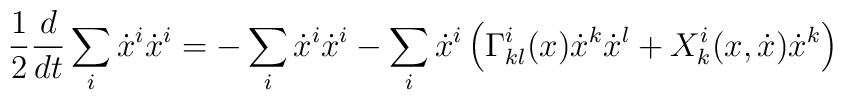
\frac{1}{2} \frac{d}{d t}\sum_i \dot{x}^i \dot{x}^i  =  -\sum_i \dot{x}^i \dot{x}^i -  \sum_i \dot{x}^i \left( \Gamma^i_{k l}(x)      \dot{x}^k \dot{x}^l + X^i_k(x,\dot{x}) \dot{x}^k \right)